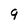
Character: 9